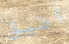
أطيق